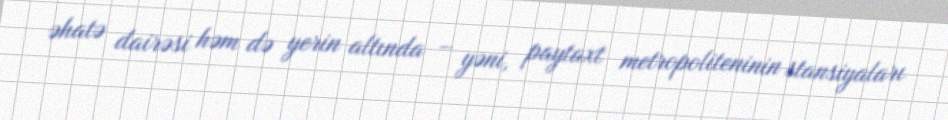
əhatə dairəsi həm də yerin altında – yəni, paytaxt metropoliteninin stansiyaları